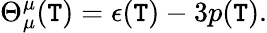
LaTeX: \Theta_{\mu}^{\mu}(\mathtt{T})=\epsilon(\mathtt{T})-3p(\mathtt{T}).